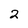
Character: 2